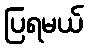
ပြရမယ်